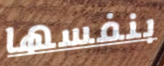
بنفسها